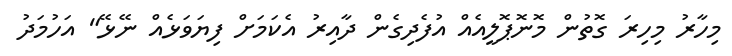
މިހާރު މިހިރަ ގޮތުން މޮނޮޕޮލީއެއް އުފެދިގެން ދާއިރު އެކަމަށް ފިޔަވަޅެއް ނޭޅޭ" އަހުމަދު